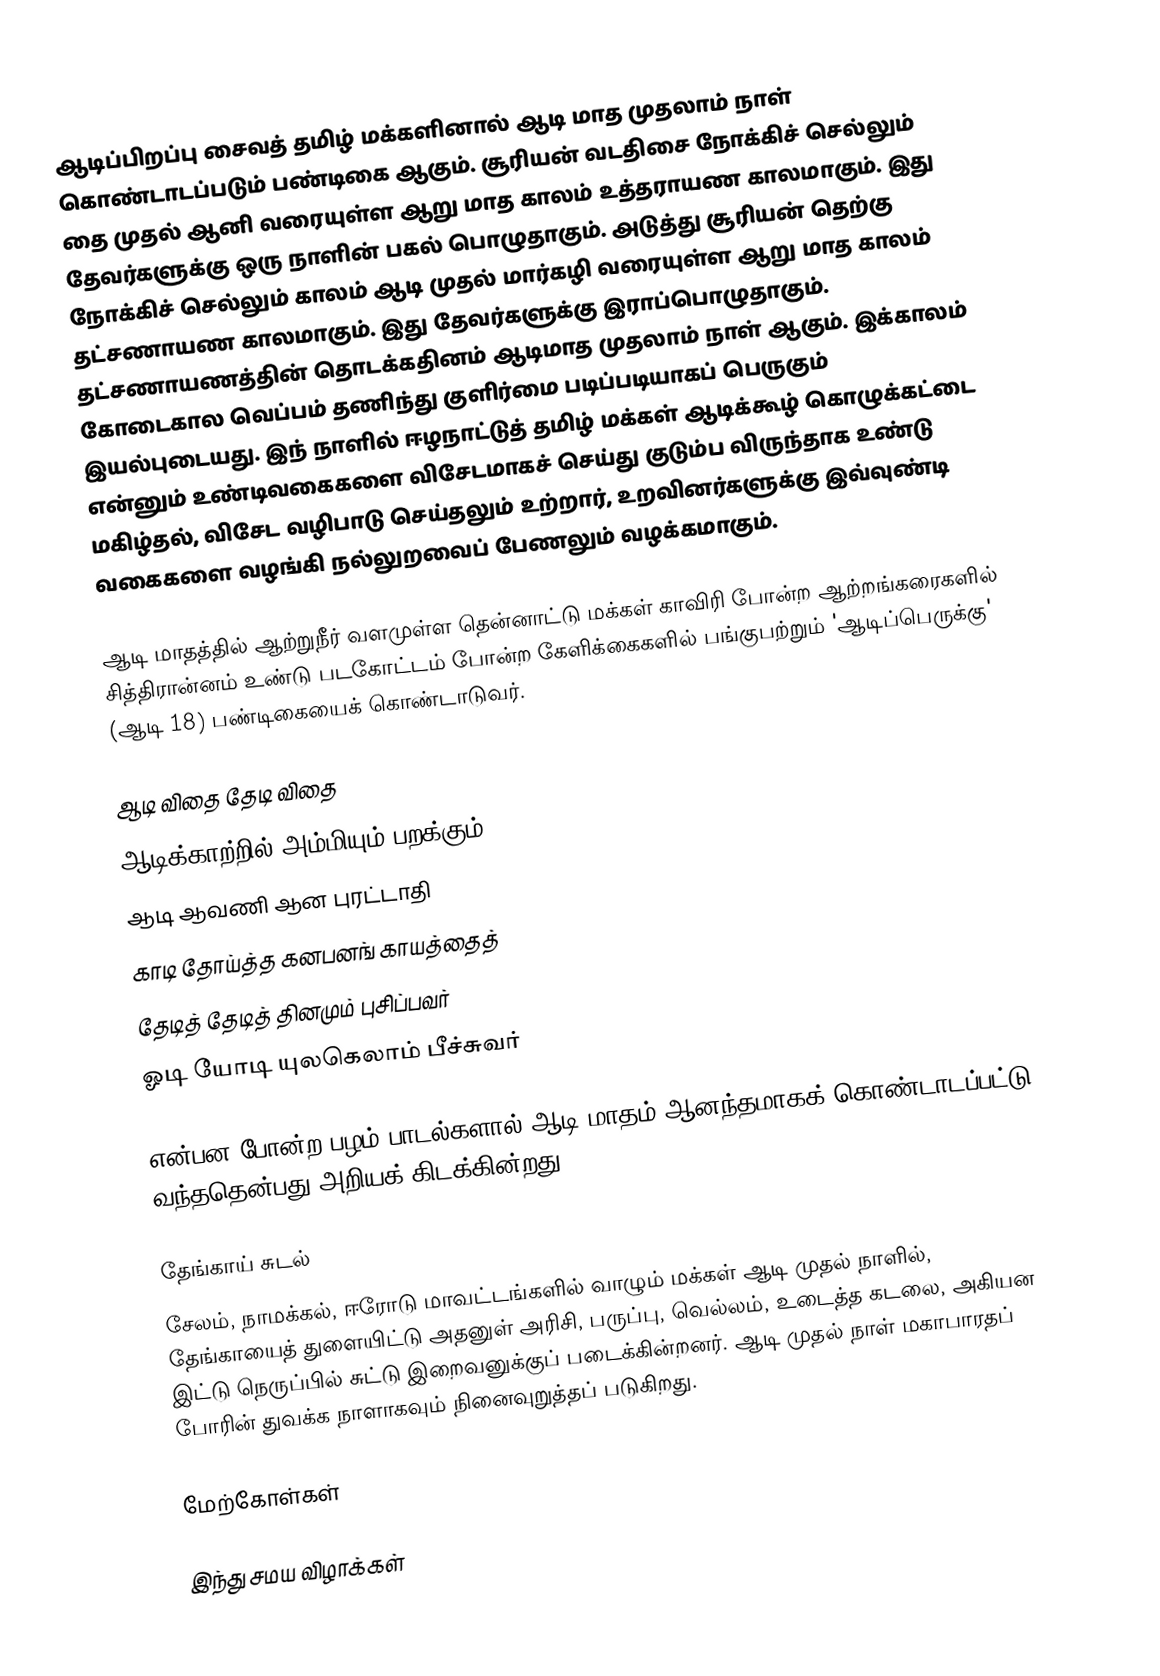
ஆடிப்பிறப்பு சைவத் தமிழ் மக்களினால் ஆடி மாத முதலாம் நாள் கொண்டாடப்படும் பண்டிகை ஆகும். சூரியன் வடதிசை நோக்கிச் செல்லும் தை முதல் ஆனி வரையுள்ள ஆறு மாத காலம் உத்தராயண காலமாகும். இது தேவர்களுக்கு ஒரு நாளின் பகல் பொழுதாகும். அடுத்து சூரியன் தெற்கு நோக்கிச் செல்லும் காலம் ஆடி முதல் மார்கழி வரையுள்ள ஆறு மாத காலம் தட்சணாயண காலமாகும். இது தேவர்களுக்கு இராப்பொழுதாகும். தட்சணாயணத்தின் தொடக்கதினம் ஆடிமாத முதலாம் நாள் ஆகும். இக்காலம் கோடைகால வெப்பம் தணிந்து குளிர்மை படிப்படியாகப் பெருகும் இயல்புடையது. இந் நாளில் ஈழநாட்டுத் தமிழ் மக்கள் ஆடிக்கூழ் கொழுக்கட்டை என்னும் உண்டிவகைகளை விசேடமாகச் செய்து குடும்ப விருந்தாக உண்டு மகிழ்தல், விசேட வழிபாடு செய்தலும் உற்றார், உறவினர்களுக்கு இவ்வுண்டி வகைகளை வழங்கி நல்லுறவைப் பேணலும் வழக்கமாகும்.

ஆடி மாதத்தில் ஆற்றுநீர் வளமுள்ள தென்னாட்டு மக்கள் காவிரி போன்ற ஆற்றங்கரைகளில் சித்திரான்னம் உண்டு படகோட்டம் போன்ற கேளிக்கைகளில் பங்குபற்றும் 'ஆடிப்பெருக்கு' (ஆடி 18) பண்டிகையைக் கொண்டாடுவர்.

ஆடி விதை தேடி விதை
ஆடிக்காற்றில் அம்மியும் பறக்கும்
ஆடி ஆவணி ஆன புரட்டாதி
காடி தோய்த்த கனபனங் காயத்தைத்
தேடித் தேடித் தினமும் புசிப்பவர்
ஓடி யோடி யுலகெலாம் பீச்சுவர்

என்பன போன்ற பழம் பாடல்களால் ஆடி மாதம் ஆனந்தமாகக் கொண்டாடப்பட்டு வந்ததென்பது அறியக் கிடக்கின்றது.

தேங்காய் சுடல்
சேலம், நாமக்கல், ஈரோடு மாவட்டங்களில் வாழும் மக்கள் ஆடி முதல் நாளில், தேங்காயைத் துளையிட்டு அதனுள் அரிசி, பருப்பு, வெல்லம், உடைத்த கடலை, அகியன இட்டு நெருப்பில் சுட்டு இறைவனுக்குப் படைக்கின்றனர். ஆடி முதல் நாள் மகாபாரதப் போரின் துவக்க நாளாகவும் நினைவுறுத்தப் படுகிறது.

மேற்கோள்கள்

இந்து சமய விழாக்கள்